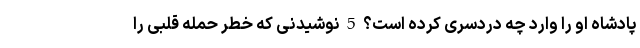
پادشاه او را وارد چه دردسری کرده است؟ 5 نوشیدنی که خطر حمله قلبی را